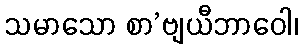
သမာသော စာ’ဗျယီဘာဝေါ၊